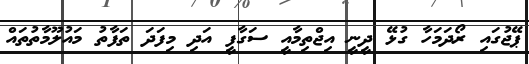
ޕޭޖުގައި ރޯދަމަހާ ގުޅޭ ދީނީ އިޖްތިމާއީ ސަގާފީ އަދި މިފަދަ ތަފާތު މައުލޫމާތުތައް